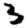
Digit: 3